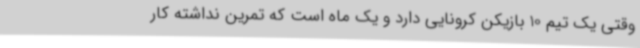
وقتی یک تیم 10 بازیکن کرونایی دارد و یک ماه است که تمرین نداشته کار